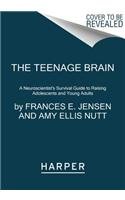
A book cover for The Teenage Brain: A Neuroscientist's Survival Guide to Raising Adolescents and Young Adults; Frances E. Jensen; Medical Books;